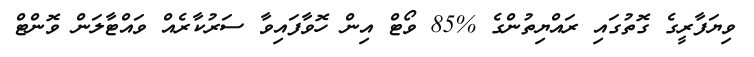
ވިޔަފާރީގެ ގޮތުގައި ރައްޔިތުންގެ %85 ވޯޓް އިން ހޮވާފައިވާ ސަރުކާރެއް ވައްޓާލަން ވޮންޓް